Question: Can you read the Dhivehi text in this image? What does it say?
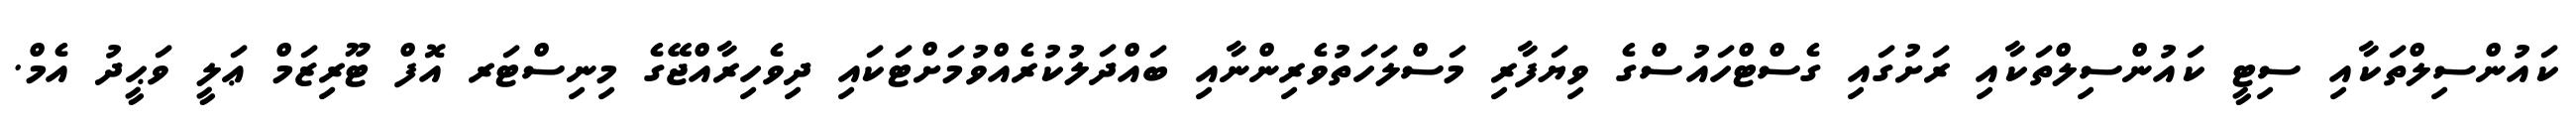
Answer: ކައުންސިލްތަކާއި ސިޓީ ކައުންސިލްތަކާއި ރަށުގައި ގެސްޓްހައުސްގެ ވިޔަފާރި މަސްލަހަތުވެރިންނާއި ބައްދަލުކުރެއްވުމަށްޓަކައި ދިވެހިރާއްޖޭގެ މިނިސްޓަރ އޮފް ޓޫރިޒަމް ޢަލީ ވަޙީދު އެމް.